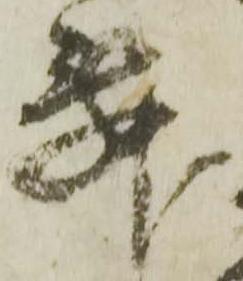
舞